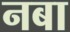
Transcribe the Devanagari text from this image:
नबा